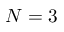
N = 3